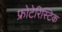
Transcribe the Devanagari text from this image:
फ्रोटेरिस्टिक